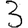
Digit: 3